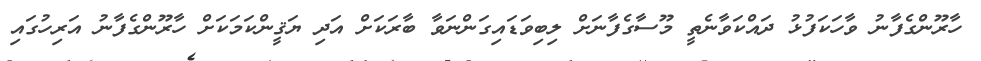
ހާރޫންގެފާނު ވާހަކަފުޅު ދައްކަވާނެތީ މޫސާގެފާނަށް ލިބިވަޑައިގަންނަވާ ބާރަކަށް އަދި ޔަޤީންކަމަކަށް ހާރޫންގެފާނު އަރިހުގައި